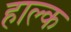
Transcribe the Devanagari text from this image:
हाल्क